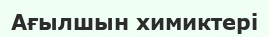
Ағылшын химиктері